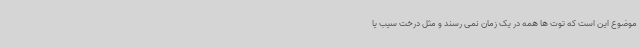
موضوع این است که توت ها همه در یک زمان نمی رسند و مثل درخت سیب یا